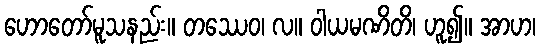
ဟောတော်မူသနည်း။ တဿေဝ၊ လ။ ဝါယမဏိတိ၊ ဟူ၍။ အာဟ၊